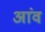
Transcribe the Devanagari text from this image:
अांव